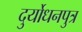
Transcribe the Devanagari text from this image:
दुर्योधनपुत्र